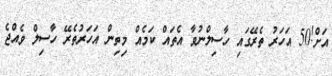
އަށް!50 އަހަރު ތެރޭގައި ހާސިލްނުވާ އެތައް ކަމެއް މިތިން އަހަރުތެރޭ ހާސިލް ވެއްޖެ